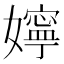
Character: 嬣